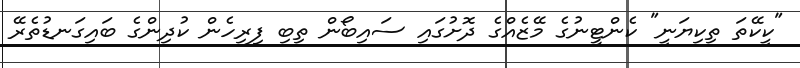
"ކީކޭތަ ތިކިޔަނީ" ކެންޓީނުގެ މޭޒެއްގެ ދޮށުގައި ސައިބޯން ތިބި ފިރިހެން ކުދިންގެ ބައިގަނޑުތެރޭ